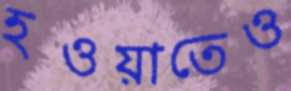
হওয়াতেও